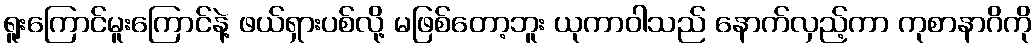
ရူးကြောင်မူးကြောင်နဲ့ ဖယ်ရှားပစ်လို့ မဖြစ်တော့ဘူး ယုကာဝါသည် နောက်လှည့်ကာ ကုစာနာဂိကို